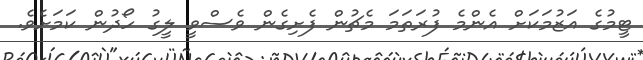
ޓީމުގެ އަޒުމަކަށް އެންމެ ފުރަތަމަ މެޗުން ފެށިގެން ވެސްވީ ލީގު ހޯދުން ކަމަށެވެ.